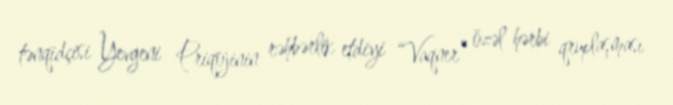
tənqidçisi Yevgeni Priqojinin rəhbərlik etdiyi “Vaqner” özəl hərbi qruplaşması